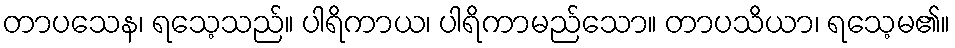
တာပသေန၊ ရသေ့သည်။ ပါရိကာယ၊ ပါရိကာမည်သော။ တာပသိယာ၊ ရသေ့မ၏။